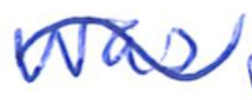
Text: was
Cross-out: wave
Writing tool: ballpoint